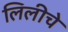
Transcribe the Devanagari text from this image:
लिलीचे